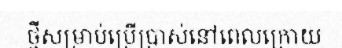
ថ្មីសម្រាប់ប្រើប្រាស់នៅពេលក្រោយ